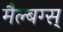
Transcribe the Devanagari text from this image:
मैल्बग्स्